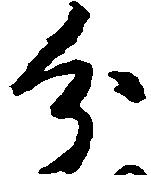
分